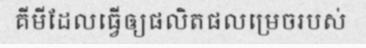
គីមីដែលធ្វើឲ្យផលិតផលម្រេចរបស់